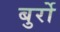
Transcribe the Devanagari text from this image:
बुर्रो